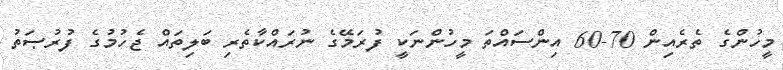
މީހުންގެ ތެރެއިން 70-60 އިންސައްތަ މީހުންނަކީ ފުރަމޭގެ ނުރައްކާތެރި ބަލިތައް ޖެހުމުގެ ފުރުޞަތު